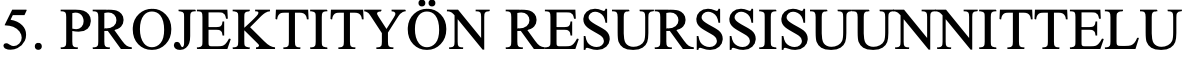
5. PROJEKTITYÖN RESURSSISUUNNITTELU